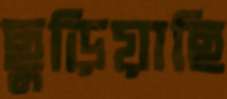
ছুড়িয়াছি